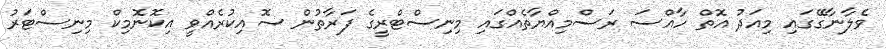
ވެލާނާގޭގައި މިއަދު އޮތް ހާއްސަ ރަސްމިއްޔާތެއްގައި މިނިސްޓްރީގެ ފަރާތުން ސޮއިކުރެއްވީ އިކޮނޮމިކް މިނިސްޓަރު